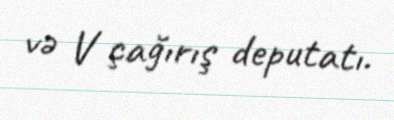
və V çağırış deputatı.